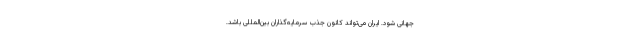
جهانی شود. ایران می‌تواند کانون جذب سرمایه‌گذاران بین‌المللی باشد.